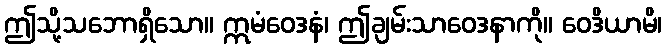
ဤသို့သဘောရှိသော။ ဣမံဝေဒနံ၊ ဤချမ်းသာဝေဒနာကို။ ဝေဒိယာမိ၊